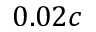
0 . 0 2 c